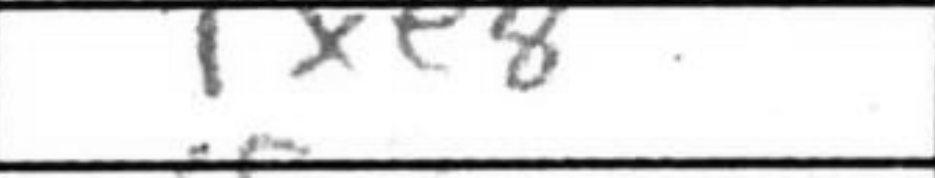
Transcription: Rxe8